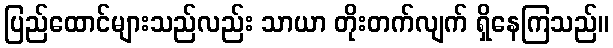
ပြည်ထောင်များသည်လည်း သာယာ တိုးတက်လျက် ရှိနေကြသည်။